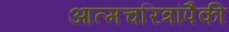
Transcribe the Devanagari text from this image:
आत्मचरित्रांपैकी